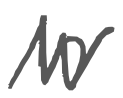
Text: in
Cross-out: zig-zag
Writing tool: digital_gray